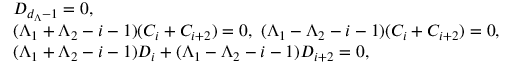
\begin{array} { r l } & { D _ { d _ { \Lambda } - 1 } = 0 , } \\ & { ( \Lambda _ { 1 } + \Lambda _ { 2 } - i - 1 ) ( C _ { i } + C _ { i + 2 } ) = 0 , ~ ( \Lambda _ { 1 } - \Lambda _ { 2 } - i - 1 ) ( C _ { i } + C _ { i + 2 } ) = 0 , } \\ & { ( \Lambda _ { 1 } + \Lambda _ { 2 } - i - 1 ) D _ { i } + ( \Lambda _ { 1 } - \Lambda _ { 2 } - i - 1 ) D _ { i + 2 } = 0 , } \end{array}